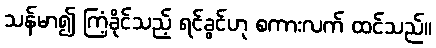
သန်မာ၍ ကြံ့ခိုင်သည့် ရင်ခွင်ဟု စကားလက် ထင်သည်။